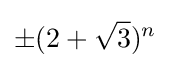
\pm (2+{\sqrt {3}})^{n}